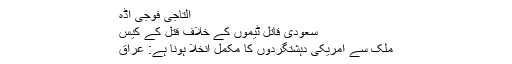
التاجی فوجی اڈہ
سعودی قاتل ٹیموں کے خلاف قتل کے کیس
ملک سے امریکی دہشتگردوں کا مکمل انخلا ہونا ہے: عراق